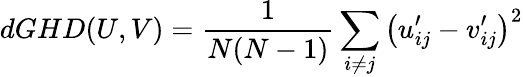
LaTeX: dGHD(U,V)=\frac{1}{N(N-1)}\sum_{i\neq j}\big(u_{ij}^{\prime}-v_{ij}^{\prime}\big)^{2}